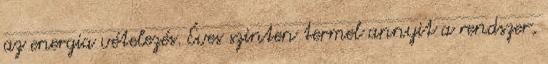
az energia vételezés. Éves szinten termel annyit a rendszer,